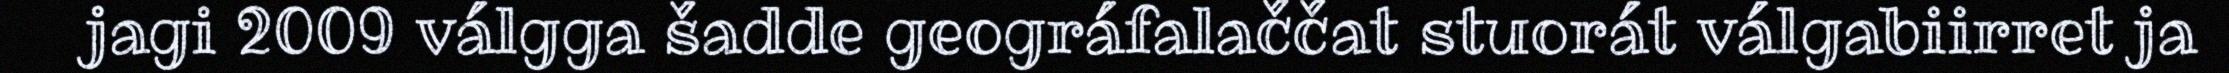
jagi 2009 válgga šadde geográfalaččat stuorát válgabiirret ja